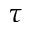
\tau